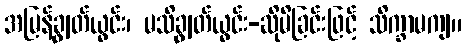
အမြန်ချွတ်ယွင်း၊ မသိချွတ်ယွင်း-ဆိုမိခြင်းဖြင့် သိက္ခာမကျ။